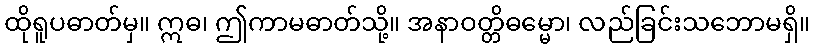
ထိုရူပဓာတ်မှ။ ဣဓ၊ ဤကာမဓာတ်သို့။ အနာဝတ္တိဓမ္မော၊ လည်ခြင်းသဘောမရှိ။